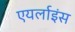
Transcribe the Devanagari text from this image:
एयर्लाइंस